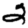
Digit: 2